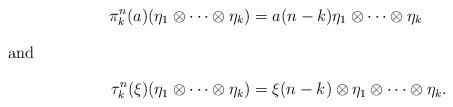
LaTeX: \begin{align*} \pi^n_k(a)(\eta_1 \otimes \cdots \otimes \eta_k) &= a(n - k) \eta_1 \otimes \cdots \otimes \eta_k \\\intertext{and} \tau^n_k(\xi)(\eta_1 \otimes \cdots \otimes \eta_k) &= \xi(n - k) \otimes \eta_1 \otimes \cdots \otimes \eta_k.\end{align*}